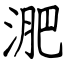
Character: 淝